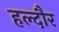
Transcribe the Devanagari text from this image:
हल्दौर